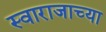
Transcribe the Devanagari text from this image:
स्वाराजाच्या